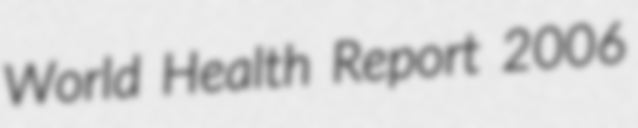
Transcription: World Health Report 2006